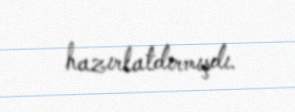
hazırlatdırmışdı.